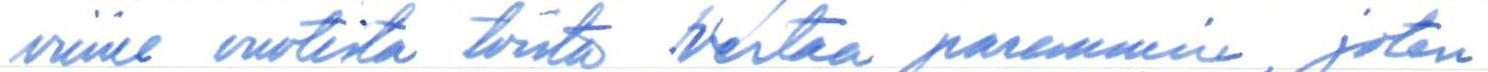
viime vuotista toista vertaa paremmin, joten